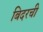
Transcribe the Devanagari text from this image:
बिदरची